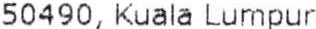
50490, KUALA LUMPUR